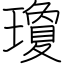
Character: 瓊